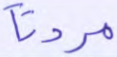
مردنا